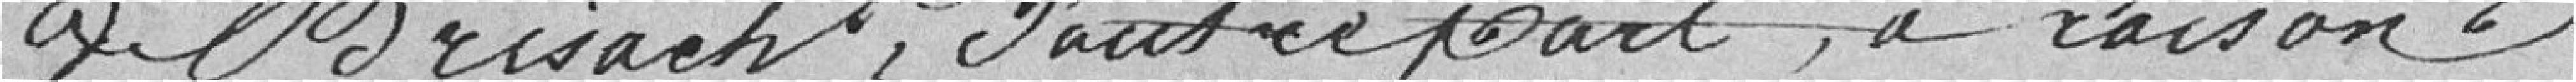
de Brisach, d'autre part, à raison